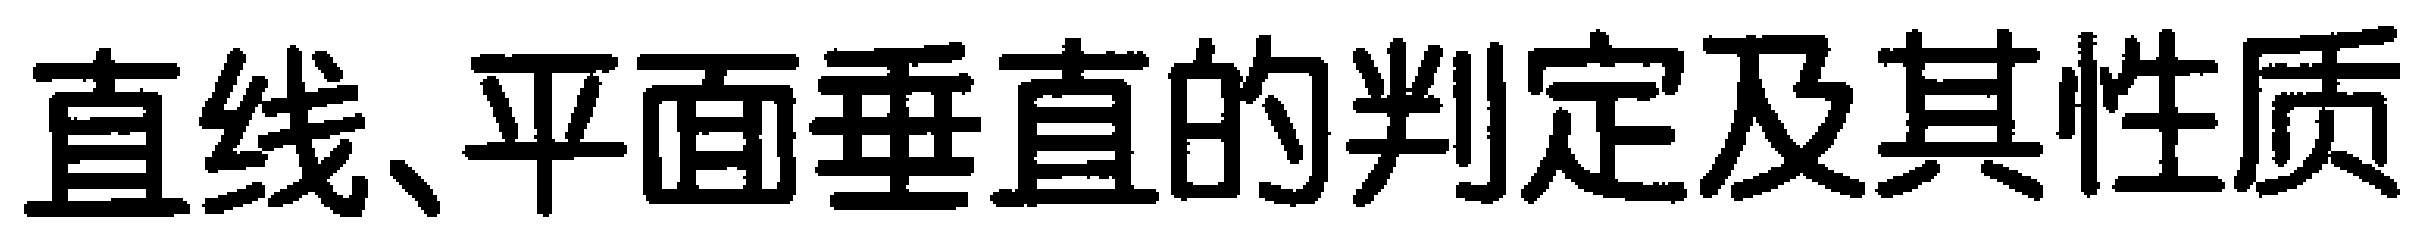
直线、平面垂直的判定及其性质